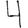
Digit: 4